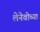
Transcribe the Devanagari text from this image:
लेनेवोच्या